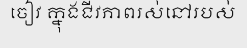
ចៀវ ក្នុងជីវភាពរស់នៅរបស់